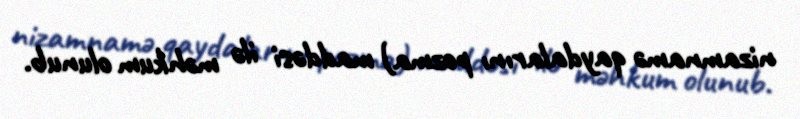
nizamnamə qaydalarını pozma) maddəsi ilə məhkum olunub.